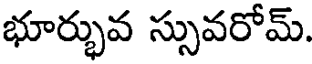
భూర్భువ స్సువరోమ్.